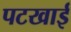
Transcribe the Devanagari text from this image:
पटखाई